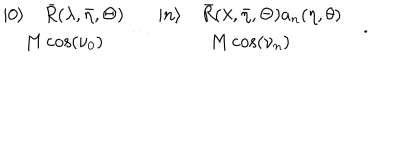
\begin{array} { c } { { | 0 \rangle \quad \bar { R } ( \lambda , \bar { \eta } , \Theta ) } } \\ { { M \cos ( \nu _ { 0 } ) } } \\ \end{array} \dots \begin{array} { c } { { | n \rangle \quad \bar { R } ( \lambda , \bar { \eta } , \Theta ) a _ { n } ( \eta , \theta ) } } \\ { { M \cos ( \nu _ { n } ) } } \\ \end{array} \quad .